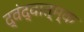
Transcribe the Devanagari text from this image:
द्वंद्वात्म्क